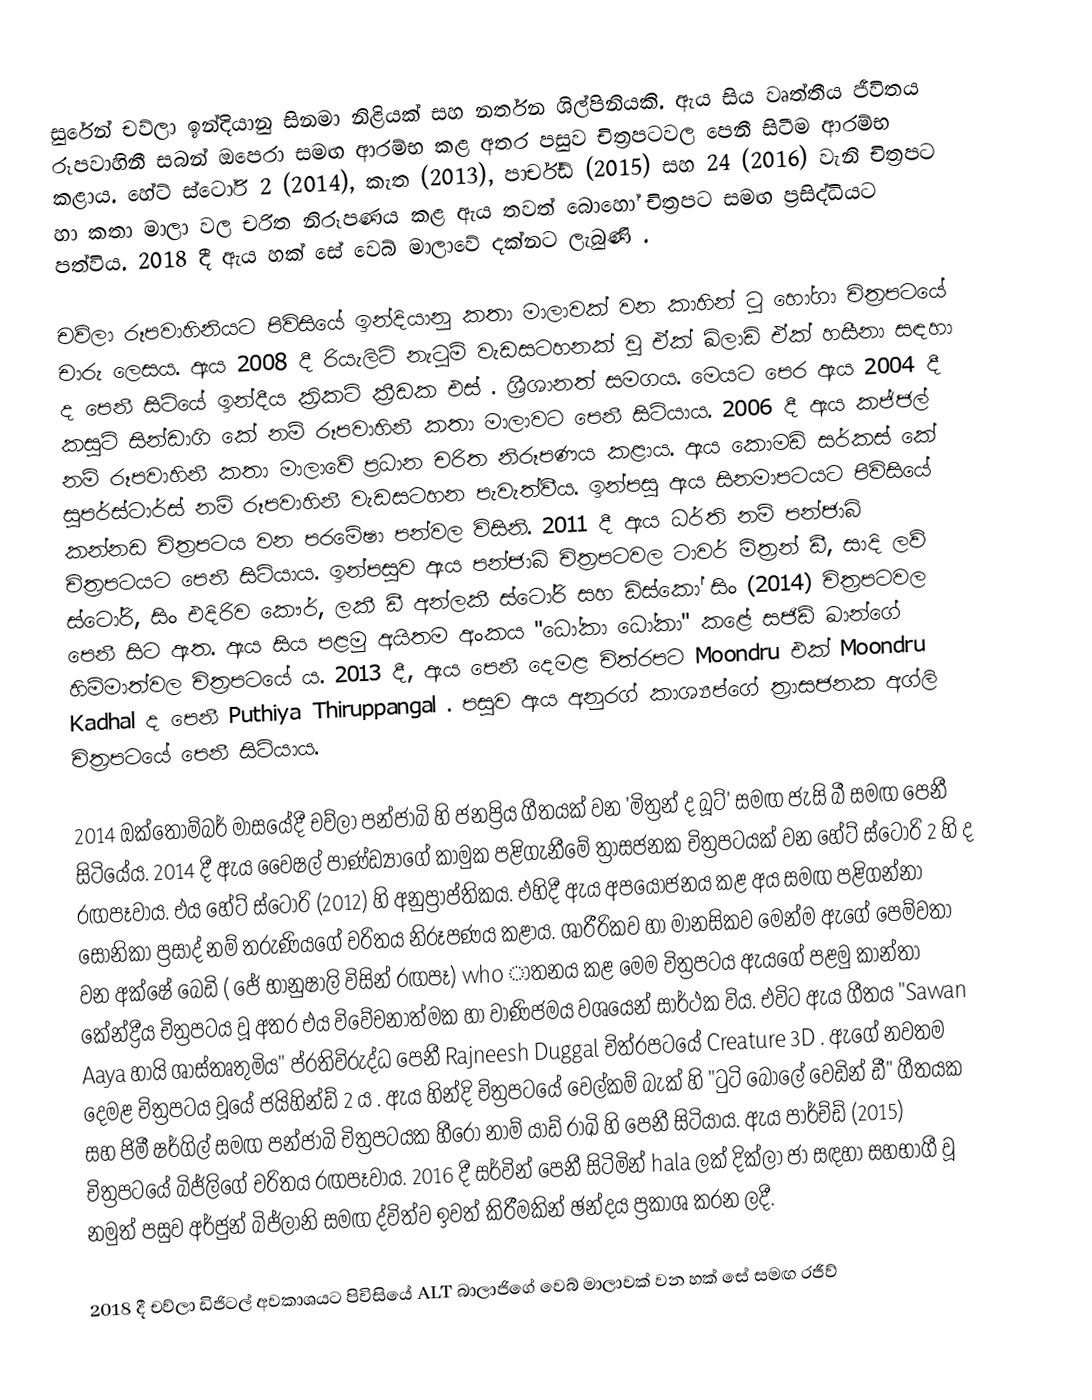
සුරේන් චව්ලා ඉන්දියානු සිනමා නිළියක් සහ නර්තන ශිල්පිනියකි.  ඇය සිය වෘත්තීය ජීවිතය රූපවාහිනී සබන් ඔපෙරා සමඟ ආරම්භ කළ අතර පසුව චිත්‍රපටවල පෙනී සිටීම ආරම්භ කළාය. හේට් ස්ටෝරි 2 (2014), කැත (2013), පාර්ච්ඩ් (2015) සහ 24 (2016) වැනි චිත්‍රපට හා කතා මාලා වල චරිත නිරූපණය කළ ඇය තවත් බොහෝ චිත්‍රපට සමඟ ප්‍රසිද්ධියට පත්විය. 2018 දී ඇය හක් සේ වෙබ් මාලාවේ දක්නට ලැබුණි .

චව්ලා රූපවාහිනියට පිවිසියේ ඉන්දියානු කතා මාලාවක් වන කාහින් ටූ හෝගා චිත්‍රපටයේ චාරු ලෙසය. ඇය 2008 දී රියැලිටි නැටුම් වැඩසටහනක් වූ ඒක් ඛිලාඩි ඒක් හසීනා සඳහා ද පෙනී සිටියේ ඉන්දීය ක්‍රිකට් ක්‍රීඩක එස් . ශ්‍රීශානත් සමගය. මෙයට පෙර ඇය 2004 දී කසුටි සින්ඩාගි කේ නම් රූපවාහිනී කතා මාලාවට පෙනී සිටියාය. 2006 දී ඇය කජ්ජල් නම් රූපවාහිනී කතා මාලාවේ ප්‍රධාන චරිත නිරූපණය කළාය. ඇය කොමඩි සර්කස් කේ සුපර්ස්ටාර්ස් නම් රූපවාහිනී වැඩසටහන පැවැත්වීය.   ඉන්පසු ඇය සිනමාපටයට පිවිසියේ කන්නඩ චිත්‍රපටය වන පරමේෂා පන්වල විසිනි. 2011 දී ඇය ධර්ති නම් පන්ජාබි චිත්‍රපටයට පෙනී සිටියාය. ඉන්පසුව ඇය පන්ජාබි චිත්‍රපටවල ටාවර් මිත්‍රන් ඩී, සාදි ලව් ස්ටෝරි, සිං එදිරිව කෞර්, ලකී ඩී අන්ලකී ස්ටෝරි සහ ඩිස්කෝ සිං (2014) චිත්‍රපටවල පෙනී සිට ඇත. ඇය සිය පළමු අයිතම අංකය "ධෝකා ධෝකා" කළේ සජිඩ් ඛාන්ගේ හිම්මාත්වල චිත්‍රපටයේ ය.  2013 දී, ඇය පෙනී දෙමළ චිත්රපට Moondru එක් Moondru Kadhal ද පෙනී Puthiya Thiruppangal . පසුව ඇය අනුරග් කාශ්‍යප්ගේ ත්‍රාසජනක අග්ලි චිත්‍රපටයේ පෙනී සිටියාය.

2014 ඔක්තෝම්බර් මාසයේදී චව්ලා පන්ජාබි හි ජනප්‍රිය ගීතයක් වන 'මිත්‍රන් ද බූට්' සමඟ ජැසි බී සමඟ පෙනී සිටියේය.  2014 දී ඇය වෛෂල් පාණ්ඩ්‍යාගේ කාමුක පළිගැනීමේ ත්‍රාසජනක චිත්‍රපටයක් වන හේට් ස්ටෝරි 2 හි ද රඟපෑවාය. එය හේට් ස්ටෝරි (2012) හි අනුප්‍රාප්තිකය. එහිදී ඇය අපයෝජනය කළ අය සමඟ පළිගන්නා සොනිකා ප්‍රසාද් නම් තරුණියගේ චරිතය නිරූපණය කළාය. ශාරීරිකව හා මානසිකව මෙන්ම ඇගේ පෙම්වතා වන අක්ෂේ බෙඩි ( ජේ භානුෂාලි විසින් රඟපෑ) who ාතනය කළ මෙම චිත්‍රපටය ඇයගේ පළමු කාන්තා කේන්ද්‍රීය චිත්‍රපටය වූ අතර එය විවේචනාත්මක හා වාණිජමය වශයෙන් සාර්ථක විය.  එවිට ඇය ගීතය "Sawan Aaya හායි ශාස්තෘතුමිය" ප්රතිවිරුද්ධ පෙනී Rajneesh Duggal චිත්රපටයේ Creature 3D . ඇගේ නවතම දෙමළ චිත්‍රපටය වූයේ ජයිහින්ඩ් 2 ය . ඇය හින්දි චිත්‍රපටයේ වෙල්කම් බැක් හි "ටුටි බොලේ වෙඩින් ඩී" ගීතයක සහ ජිමී ෂර්ගිල් සමඟ පන්ජාබි චිත්‍රපටයක හීරෝ නාම් යාඩ් රාඛි හි පෙනී සිටියාය.   ඇය පාර්ච්ඩ් (2015) චිත්‍රපටයේ බිජ්ලිගේ චරිතය රඟපෑවාය. 2016 දී සර්වින් පෙනී සිටිමින් hala ලක් දික්ලා ජා සඳහා සහභාගී වූ නමුත් පසුව අර්ජුන් බිජ්ලානි සමඟ ද්විත්ව ඉවත් කිරීමකින් ඡන්දය ප්‍රකාශ කරන ලදී.

2018 දී චව්ලා ඩිජිටල් අවකාශයට පිවිසියේ ALT බාලාජිගේ වෙබ් මාලාවක් වන හක් සේ සමඟ රජීව්